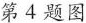
第四题图